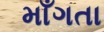
માઁગતા